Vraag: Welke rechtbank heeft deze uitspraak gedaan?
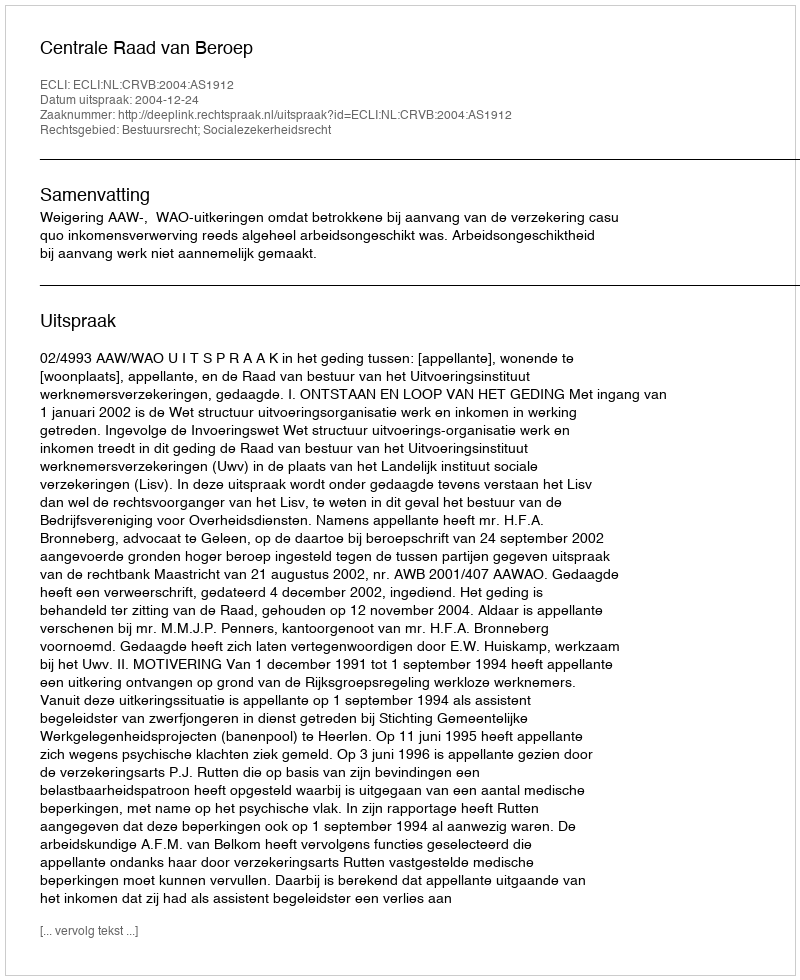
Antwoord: Centrale Raad van Beroep